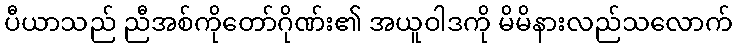
ပီယာသည် ညီအစ်ကိုတော်ဂိုဏ်း၏ အယူဝါဒကို မိမိနားလည်သလောက်